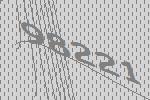
98221